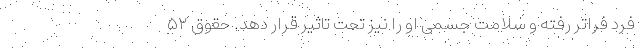
فرد فراتر رفته و سلامت جسمی او را نیز تحت تاثیر قرار دهد. حقوق ۵۲